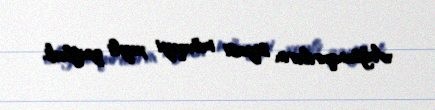
Ağsunqurilərin siyasi mövqeyi xeyli zəiflədi.